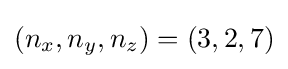
(n_{x},n_{y},n_{z})=(3,2,7)